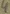
Text: 4